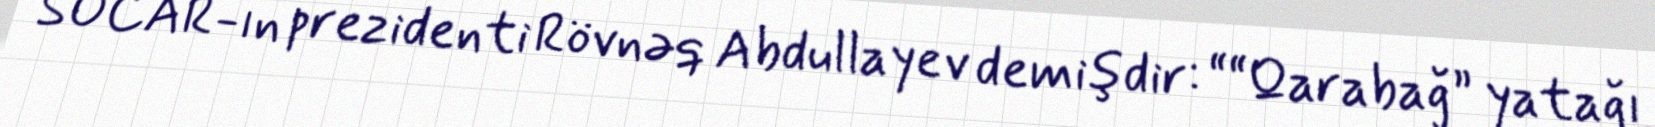
SOCAR-ın prezidenti Rövnəq Abdullayev demişdir: ““Qarabağ” yatağı